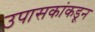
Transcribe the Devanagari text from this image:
उपासकांकडून